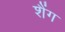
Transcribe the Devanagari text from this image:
शैंग